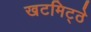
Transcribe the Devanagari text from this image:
खटमिट्ठे